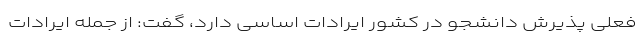
فعلی پذیرش دانشجو در کشور ایرادات اساسی دارد، گفت: از جمله ایرادات